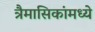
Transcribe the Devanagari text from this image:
त्रैमासिकांमध्ये